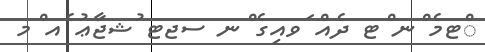
ްޓމެ ްނ ްޓ ދެއް ަވއިގެ ްނ ސޖޓ ުޝޖާޢު ެއ ްމ